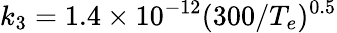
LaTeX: k_{3}=1.4\times 10^{-12}(300/T_{e})^{0.5}